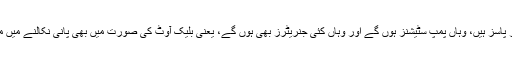
جہاں جہاں انڈر پاسز ہیں، وہاں پمپ سٹیشنز ہوں گے اور وہاں کئی جنریٹرز بھی ہوں گے، یعنی بلیک آوٹ کی صورت میں بھی پانی نکالنے میں مسئلہ نہیں ہوگا۔